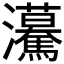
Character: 𤅠